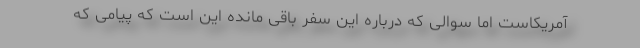
آمریکاست اما سوالی که درباره این سفر باقی مانده این است که پیامی که